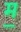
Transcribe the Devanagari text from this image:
म॒